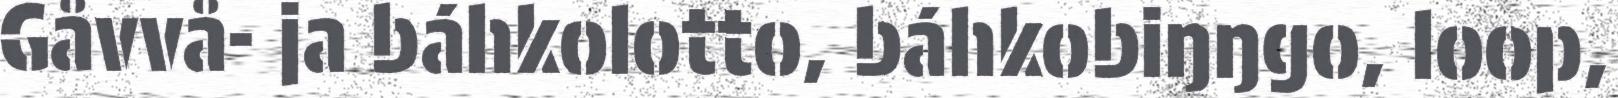
Gåvvå- ja báhkolotto, báhkobiŋŋgo, loop,